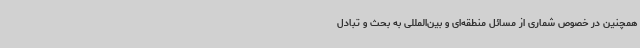
همچنین در خصوص شماری از مسائل منطقه‌ای و بین‌المللی به بحث و تبادل